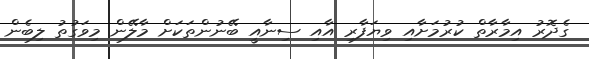
ގެދޮރު އިމާރާތް ކުރުމަށާއި ވިޔަފާރި އާއި ސިނާއީ ބޭނުންތަކަށް މާލޭން މިވަގުތު ލިބެން